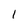
Character: 1